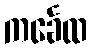
ကင်္ခေထ